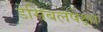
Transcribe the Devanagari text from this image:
डेसिबलपेक्षा